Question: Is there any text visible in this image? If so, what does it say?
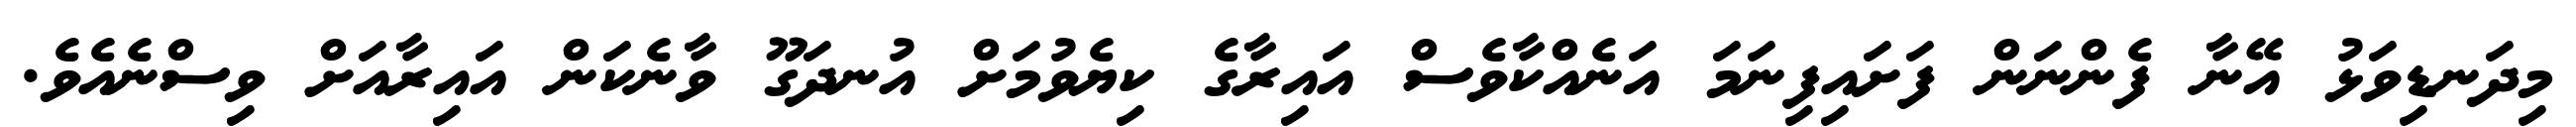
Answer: މިދަނޑިވަޅު އޭނާ ފެންނަން ފަށައިފިނަމަ އަނެއްކާވެސް އައިރާގެ ކިޔެވުމަށް އުނދަގޫ ވާނެކަން އައިރާއަށް ވިސްނެއެވެ.